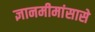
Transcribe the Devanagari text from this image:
ज्ञानमीमांसासे